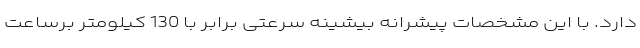
دارد. با این مشخصات پیشرانه بیشینه سرعتی برابر با 130 کیلومتر برساعت